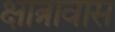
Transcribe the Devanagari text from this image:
क्षात्रावास